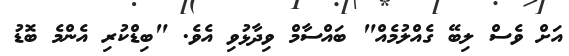
އަށް ވެސް ލިބޭ ގެއްލުމެއް" ބައްސާމް ވިދާޅުވި އެވެ. "ބިޑްކުރި އެންމެ ބޮޑު